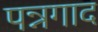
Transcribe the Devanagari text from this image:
पन्नगाद